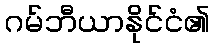
ဂမ်ဘီယာနိုင်ငံ၏